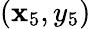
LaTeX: (\mathbf{x}_{5},y_{5})